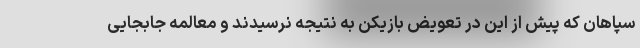
سپاهان که پیش از این در تعویض بازیکن به نتیجه نرسیدند و معالمه جابجایی